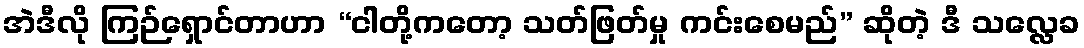
အဲဒီလို ကြဉ်ရှောင်တာဟာ “ငါတို့ကတော့ သတ်ဖြတ်မှု ကင်းစေမည်” ဆိုတဲ့ ဒီ သလ္လေခ